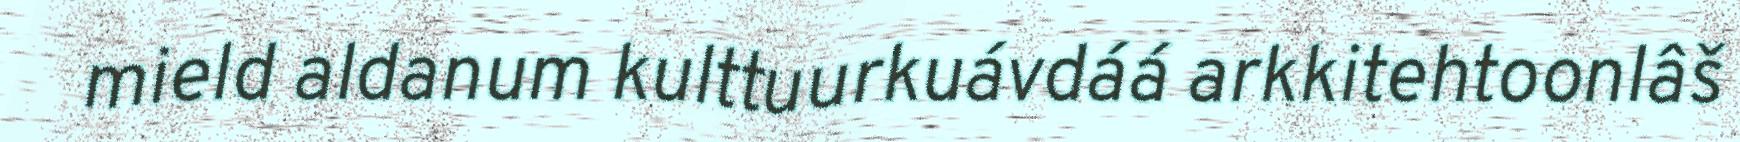
mield aldanum kulttuurkuávdáá arkkitehtoonlâš